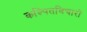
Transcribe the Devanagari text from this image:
कल्पितविचारों